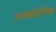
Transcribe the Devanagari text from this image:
आक्जेलिक